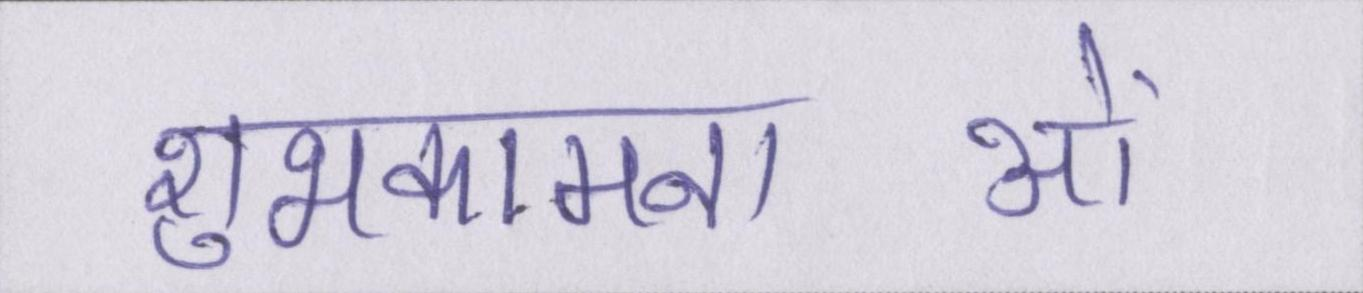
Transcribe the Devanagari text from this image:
शुभकामनाओं